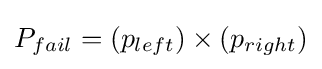
P_{fail}=(p_{left})\times (p_{right})